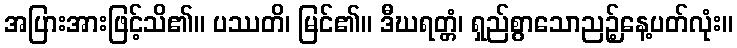
အပြားအားဖြင့်သိ၏။ ပဿတိ၊ မြင်၏။ ဒီဃရတ္တံ၊ ရှည်စွာသောညဉ့်နေ့ပတ်လုံး။